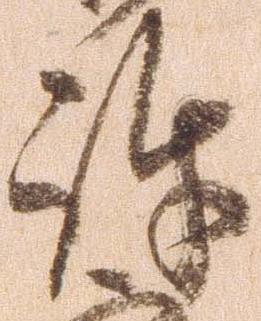
許